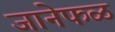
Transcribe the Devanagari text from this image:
जानेफळ